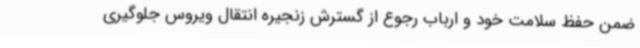
ضمن حفظ سلامت خود و ارباب رجوع از گسترش زنجیره انتقال ویروس جلوگیری